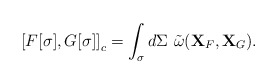
\begin{align*}\left[ {F[\sigma],G[\sigma]} \right]_c=\int_{\sigma} {d\Sigma \ \tilde \omega ({\bf X}_F,{\bf X}_G)}. \end{align*}